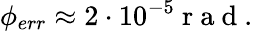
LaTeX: \phi_{err}\approx 2\cdot 10^{-5}\mathrm{~r~a~d~.~}